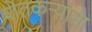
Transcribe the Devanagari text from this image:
शेतकऱ्याना